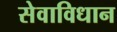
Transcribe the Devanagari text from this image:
सेवाविधान